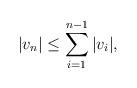
LaTeX: \begin{align*} |v_n| \leq \sum_{i=1}^{n-1} |v_i|,\end{align*}